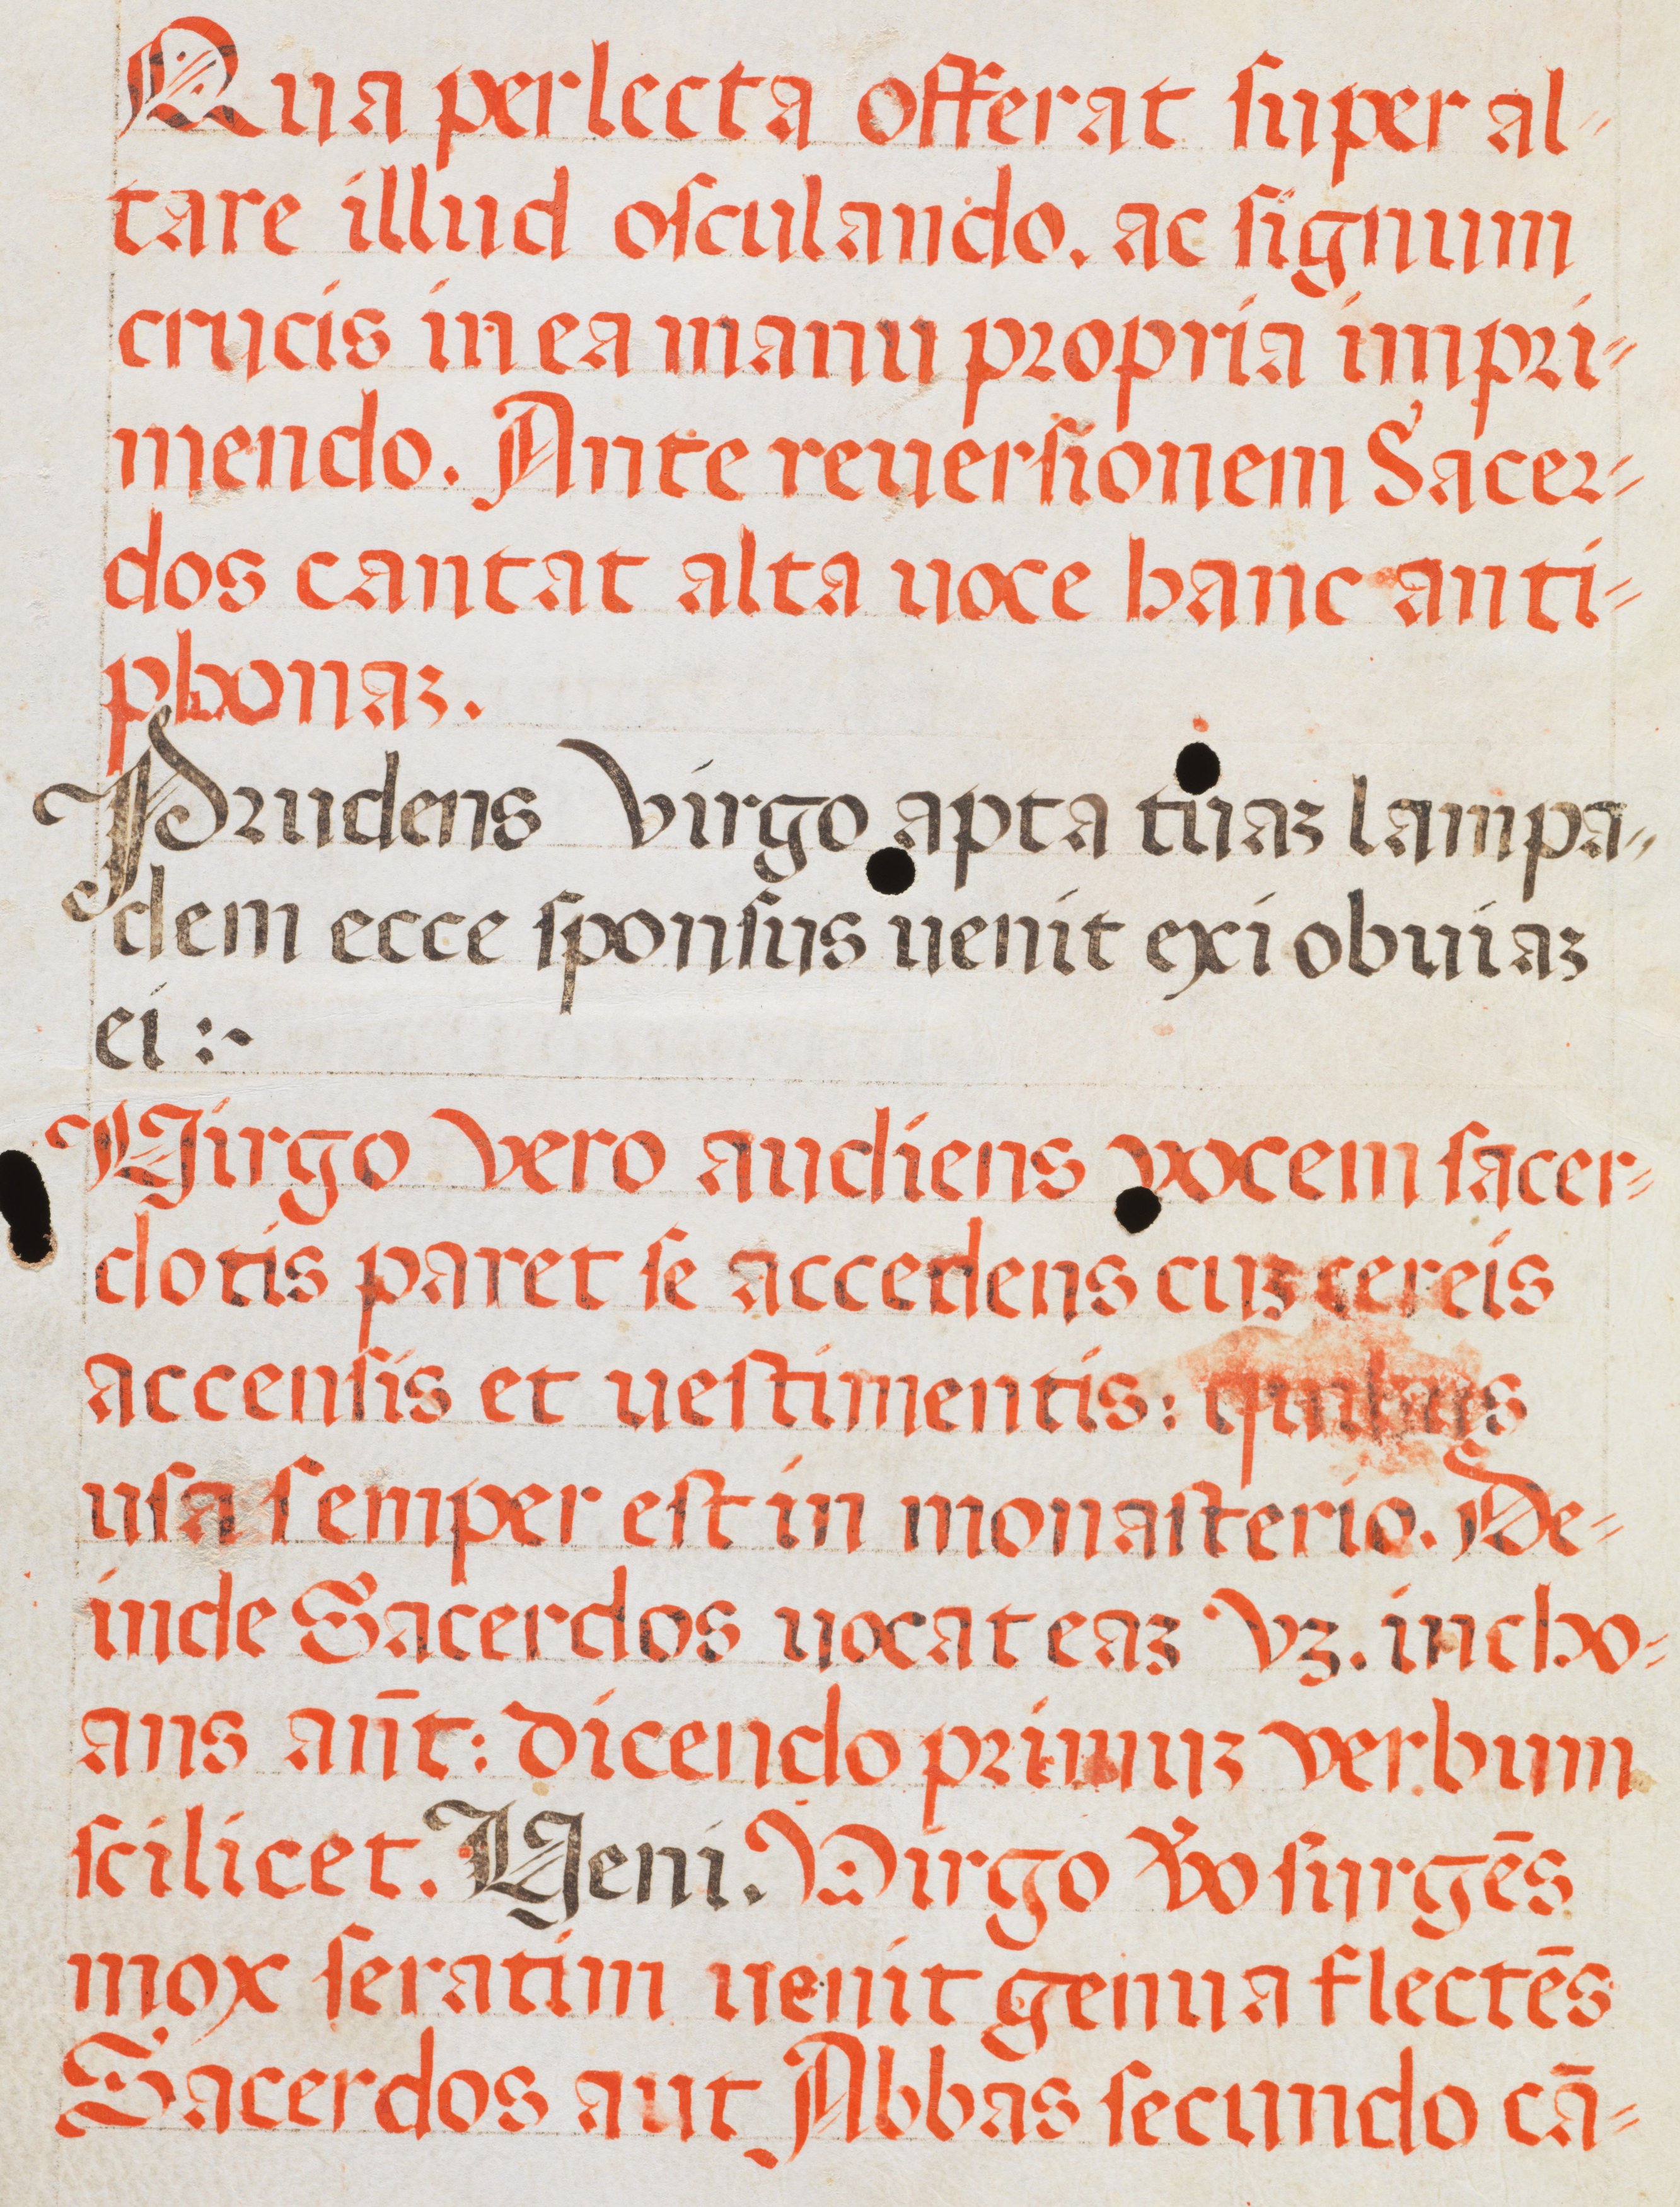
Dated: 1400–1499